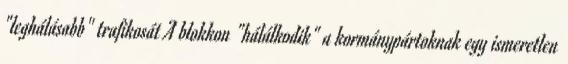
"leghálásabb" trafikosát A blokkon "hálálkodik" a kormánypártoknak egy ismeretlen